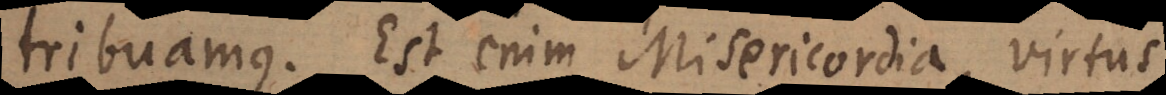
tribuamus. Est enim Misericordia, virtus